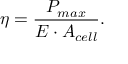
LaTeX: \eta = { \frac { P _ { m a x } } { E \cdot A _ { c e l l } } } .